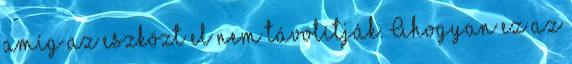
amíg az eszközt el nem távolítják. Ahogyan ez az